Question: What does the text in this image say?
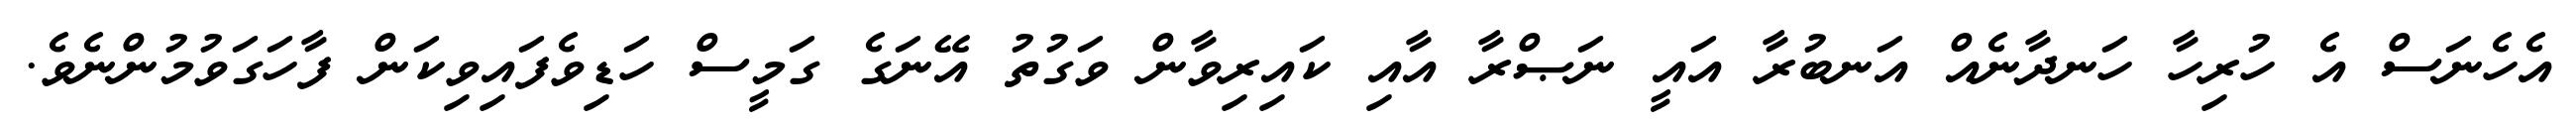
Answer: އެހެނަސް އެ ހުރިހާ ހަނދާނެއް އަނބުރާ އައީ ނަޞްރާ އާއި ކައިރިވާން ވަގުތު އޭނަގެ ގަމީސް ހަޑިވެފައިވިކަން ފާހަގަވުމުންނެވެ.